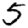
Digit: 5